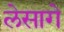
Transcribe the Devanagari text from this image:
लेसागे